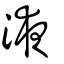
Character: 液